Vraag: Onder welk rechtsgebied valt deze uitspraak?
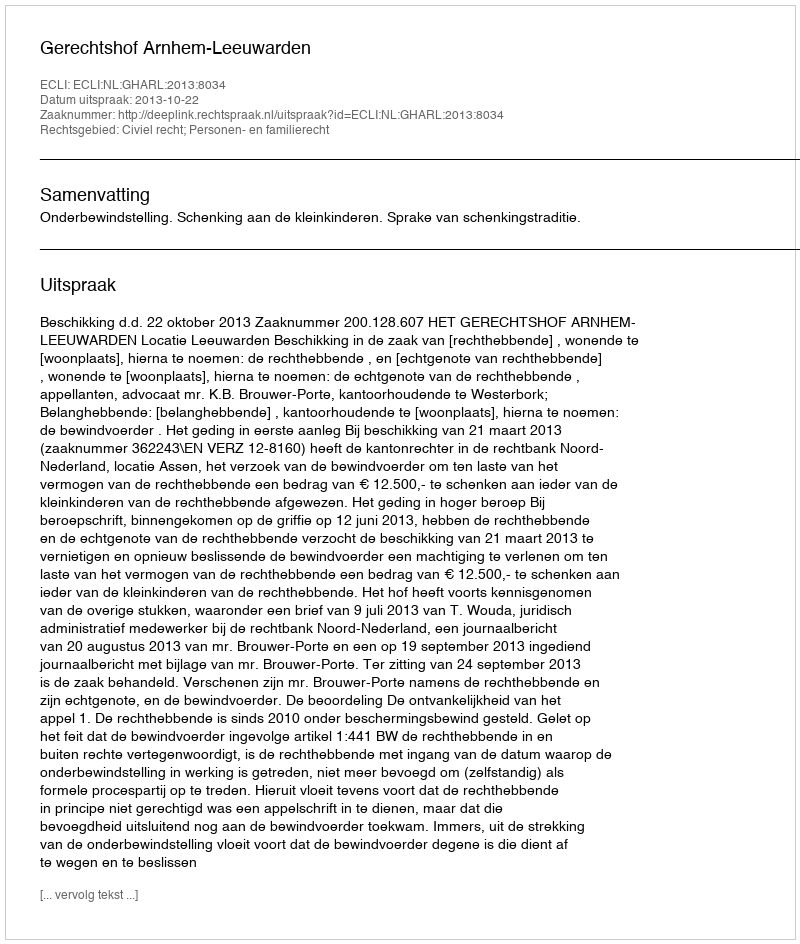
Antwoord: Civiel recht; Personen- en familierecht